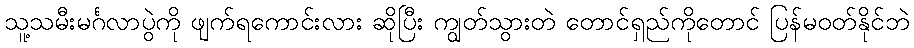
သူ့သမီးမင်္ဂလာပွဲကို ဖျက်ရကောင်းလား ဆိုပြီး ကျွတ်သွားတဲ တောင်ရှည်ကိုတောင် ပြန်မဝတ်နိုင်ဘဲ